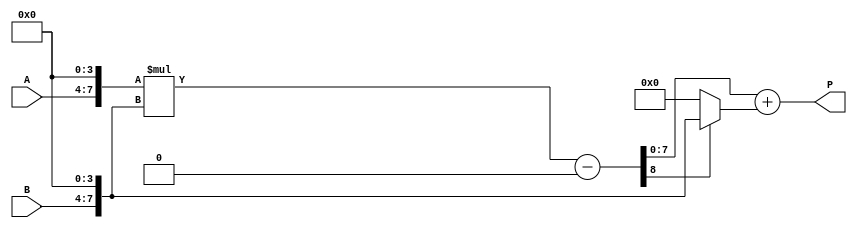
module booth_multiplier(
    input [3:0] A,
    input [3:0] B,
    output [7:0] P
);

wire [7:0] partial_product;
wire [7:0] aligned_partial_product;
wire [8:0] product_temp;
wire [8:0] final_product;

// Partial Product Generation stage
assign partial_product = {A, 4'b0} * {B, 4'b0};

// Prefix Section (Alignment and Booth Encoding)
assign aligned_partial_product = {partial_product[6], partial_product};
assign product_temp = aligned_partial_product - (aligned_partial_product[8] ? {B, 4'b0} : 0);

// Main Booth Encoding Section
assign final_product = product_temp + (product_temp[8] ? {B, 4'b0} : 0);

// Final Product Stage
assign P = final_product[7:0];

endmodule